Treatise on elephants
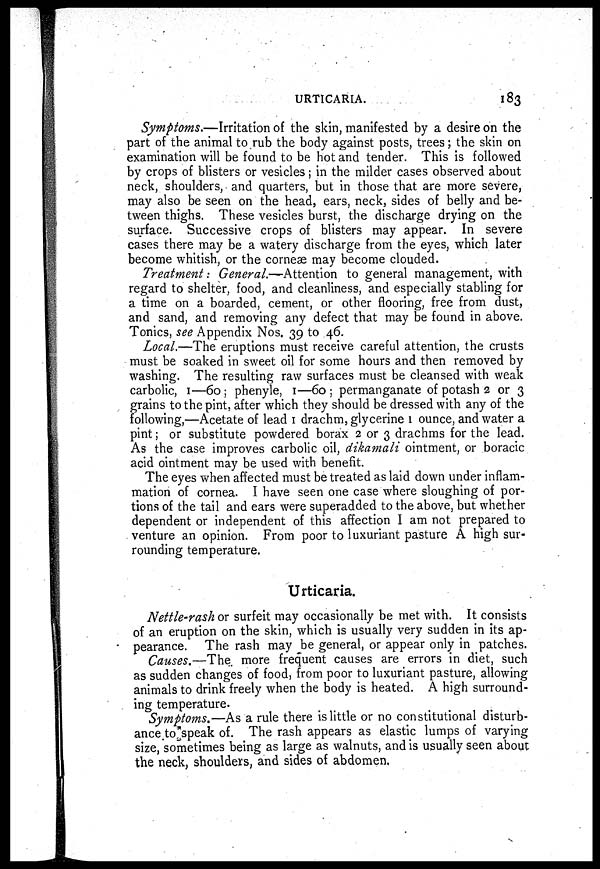
URTICARIA.
183
Symptoms.—Irritation of the skin, manifested by a desire on the
part of the animal to rub the body against posts, trees; the skin on
examination will be found to be hot and tender. This is followed
by crops of blisters or vesicles 5 in the milder cases observed about
neck, shoulders, and quarters, but in those that are more severe,
may also be seen on the head, ears, neck, sides of belly and be-
tween thighs. These vesicles burst, the discharge drying on the
surface. Successive crops of blisters may appear. In severe
cases there may be a watery discharge from the eyes, which later
become whitish, or the corneæ may become clouded.
Treatment: General.-Attention to general management, with
regard to shelter, food, and cleanliness, and especially stabling for
a time on a boarded, cement, or other flooring, free from dust,
and sand, and removing any defect that may be found in above.
Tonics, see Appendix Nos. 39 to 46.
Local.—The eruptions must receive careful attention, the crusts
must be soaked in sweet oil for some hours and then removed by
washing. The resulting raw surfaces must be cleansed with weak
carbolic, 1—60; phenyle, 1—60 ; permanganate of potash 2 or 3
grains to the pint, after which they should be dressed with any of the
following,—Acetate of lead 1 drachm, glycerine 1 ounce, and water a
pint; or substitute powdered borax 2 or 3 drachms for the lead.
As the case improves carbolic oil, dikamali ointment, or boracic
acid ointment may be used with benefit.
The eyes when affected must be treated as laid down under inflam-
mation of cornea. I have seen one case where sloughing of por-
tions of the tail and ears were superadded to the above, but whether
dependent or independent of this affection I am not prepared to
venture an opinion. From poor to luxuriant pasture A high sur-
rounding temperature.
Urticaria.
Nettle-rash or surfeit may occasionally be met with. It consists
of an eruption on the skin, which is usually very sudden in its ap-
pearance. The rash may be general, or appear only in patches.
Causes.—The more frequent causes are errors in diet, such
as sudden changes of food, from poor to luxuriant pasture, allowing
animals to drink freely when the body is heated. A high surround-
ing temperature.
Symptoms.—As a rule there is little or no constitutional disturb-
ance to speak of. The rash appears as elastic lumps of varying
size, sometimes being as large as walnuts, and is usually seen about
the neck, shoulders, and sides of abdomen.